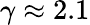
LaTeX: \gamma\approx 2.1